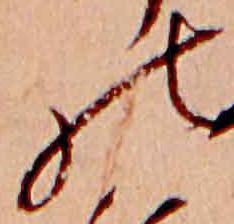
の